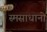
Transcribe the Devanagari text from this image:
स्मसाधानो